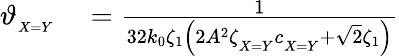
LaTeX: \begin{array}{rl}{\vartheta_{_{X=Y}}}&{{}=\frac{1}{32k_{0}\zeta_{1}\left(2A^{2}\zeta_{_{X=Y}}c_{_{X=Y}}+\sqrt{2}\zeta_{1}\right)}}\end{array}